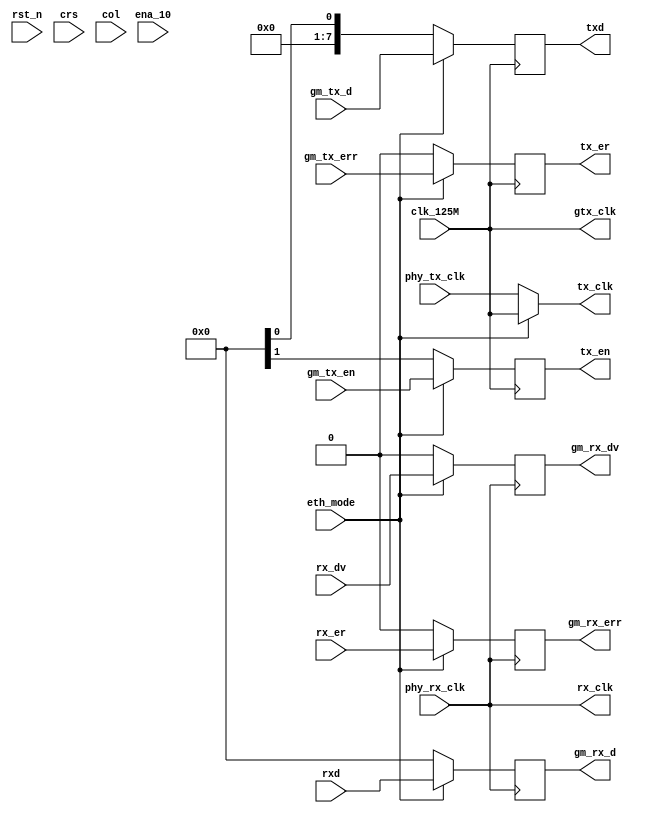
module gmii_mux
  (
      input                               clk_125M                ,   
      input                               rst_n                   ,   
     
      //--Clock
      //IP core's clk is not from clk PPL derectly, from mux block!!!
      //this 2 clk control mux block and IP transmit speed
      output                              tx_clk                  ,   
      output                              rx_clk                  ,   //125M/25M/2.5M
      
      //--from IP core
      input                               eth_mode                ,   //                              .eth_mode
      input                               ena_10                  ,   //                              .ena_10
//********************************************************************************    
// rx and tx mux-block with MAC ip core(altera) 
      //--GMII RX
      output    reg[7:0]                  gm_rx_d                 ,   //           mac_gmii_connection.gmii_rx_d
      output    reg                       gm_rx_dv                ,   //                              .gmii_rx_dv
      output    reg                       gm_rx_err               ,   //                              .gmii_rx_err
      //--GMII TX
      input        [7:0]                  gm_tx_d                 ,   //                              .gmii_tx_d
      input                               gm_tx_en                ,   //                              .gmii_tx_en
      input                               gm_tx_err               ,   //                              .gmii_tx_err
//*********************************************************************************
      // //--MII RX
      // output    reg[3:0]                  m_rx_d                  ,   //            mac_mii_connection.mii_rx_d
      // output    reg                       m_rx_en                 ,   //                              .mii_rx_dv
      // output    reg                       m_rx_err                ,   //                              .mii_rx_err
      // //--MII TX
      // input        [3:0]                  m_tx_d                  ,   //                              .mii_tx_d
      // input                               m_tx_en                 ,   //                              .mii_tx_en
      // input                               m_tx_err                ,   //                              .mii_tx_err
      // output    reg                       m_rx_crs                ,   //                              .mii_crs
      // output    reg                       m_rx_col                ,   //                              .mii_col
//********************************************************************************
// rx and tx MAC with PHY
// this GMII interface define, we know it backward support MII.
      //--RX
      input                               phy_rx_clk              ,   //                           PHY.rx_clk
      input                               rx_dv                   ,   //                           PHY.rx_dv
      input        [7:0]                  rxd                     ,   //                           PHY.rxd
      input                               rx_er                   ,   //                           PHY.rx_err
      //--TX
      output                              gtx_clk                 ,   //                           PHY.gtx_clk
      input                               phy_tx_clk              ,   //                           PHY.tx_clk
      output    reg                       tx_en                   ,   //                           PHY.tx_en
      output    reg[7:0]                  txd                     ,   //                           PHY.txd
      output    reg                       tx_er                   ,   //                           PHY.tx_err
      //--
      input                               crs                     ,   
      input                               col
  );
////*************************************************
////--TX
////*************************************************
//
//assign  tx_en     = (eth_mode==1'b1) ? gm_tx_en : m_tx_en;
//assign  txd       = (eth_mode==1'b1) ? gm_tx_d  : {4'b0,m_tx_d};
//assign  tx_er     = (eth_mode==1'b1) ? gm_tx_err: m_tx_err;
//assign  tx_clk    = (eth_mode==1'b1) ? clk_125M : phy_tx_clk;
//assign  gtx_clk   = (eth_mode==1'b1) ? clk_125M : 1'b0;
//*************************************************
//--RX
//*************************************************
//--GMII
//assign  gm_rx_dv  = (eth_mode==1'b1) ? rx_dv    : 1'b0;
//assign  gm_rx_d   = (eth_mode==1'b1) ? rxd      : 8'b0;
//assign  gm_rx_err = (eth_mode==1'b1) ? rx_er    : 1'b0;
////--MII
//assign  m_rx_en   = (eth_mode==1'b0) ? rx_dv    : 1'b0;
//assign  m_rx_d    = (eth_mode==1'b0) ? rxd[3:0] : 4'b0;
//assign  m_rx_err  = (eth_mode==1'b0) ? rx_er    : 1'b0;
//assign  m_rx_crs  = crs;
//assign  m_rx_col  = col;
////--Clock
//assign  rx_clk    =  phy_rx_clk;


//*************************************************
//--TX
//*************************************************
assign  tx_clk    = (eth_mode==1'b1) ? clk_125M : phy_tx_clk;
//assign  gtx_clk   = (eth_mode==1'b1) ? clk_125M : 1'b0;
assign  gtx_clk   =  clk_125M ;

//eth_mode -> determine 1GMbps(GMII) or 10Mbps(MII) gm_tx_en / m_tx_en => tx_en
always @(posedge clk_125M)
begin
    if(eth_mode==1'b1)
        tx_en    <=  gm_tx_en;
    else
        tx_en    <=  m_tx_en;
end

// case(eth_mode): txd <= gm_tx_d / {4'b0,m_tx_d}
always @(posedge clk_125M)
begin
    if(eth_mode==1'b1)
        txd    <=  gm_tx_d;
    else
        txd    <=  {4'b0,m_tx_d};
end

// case(eth_mode): tx_er <= gm_tx_err / m_tx_err
always @(posedge clk_125M)
begin
    if(eth_mode==1'b1)
        tx_er    <=  gm_tx_err;
    else
        tx_er    <=  m_tx_err;
end

//*************************************************
//--RX
//*************************************************
//--Clock
assign  rx_clk    =  phy_rx_clk;
//--GMII

// gm_rx_dv = (eth_mode) ? rx_dv : 1'b0
always @(posedge rx_clk )
begin
    if(eth_mode==1'b1)
        gm_rx_dv    <=  rx_dv;
    else
        gm_rx_dv    <=  1'b0; //invalid? why
end

// gm_rx_d = (eth_mode) ? rxd : 1'b0
always @(posedge rx_clk)
begin
    if(eth_mode==1'b1)
        gm_rx_d    <=  rxd;
    else
        gm_rx_d    <=  1'b0;
end

// gm_rx_err = (eth_mode) ? rx_er : 1'b0
always @(posedge rx_clk)
begin
    if(eth_mode==1'b1)
        gm_rx_err    <=  rx_er;
    else
        gm_rx_err    <=  1'b0;
end

//--MII

// m_rx_en = (!eth_mode) ? rx_dv : 1'b0
always @(posedge rx_clk)
begin
    if(eth_mode==1'b0)
        m_rx_en    <=  rx_dv;
    else
        m_rx_en    <=  1'b0;
end


always @(posedge rx_clk)
begin
    if(eth_mode==1'b0)
        m_rx_d    <=  rxd[3:0];
    else
        m_rx_d    <=  1'b0;
end
always @(posedge rx_clk)
begin
    if(eth_mode==1'b0)
        m_rx_err    <=  rx_er;
    else
        m_rx_err    <=  1'b0;
end
always @(posedge rx_clk)
begin
    if(eth_mode==1'b0)
        m_rx_crs    <=  crs;
    else
        m_rx_crs    <=  1'b0;
end
always @(posedge rx_clk)
begin
    if(eth_mode==1'b0)
        m_rx_col    <=  col;
    else
        m_rx_col    <=  1'b0;
end
endmodule